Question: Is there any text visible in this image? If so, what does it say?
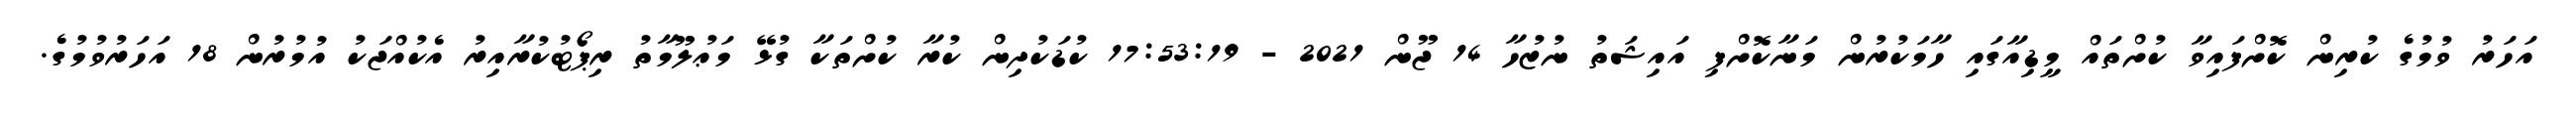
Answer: އަހަރު ވުމުގެ ކުރިން ކޮށްފައިވާ ކުށްތައް މީޑިއާގައި ހާމަކުރުން މަނާކޮށްފި އައިޝަތު ނުޒުހާ 14 ޖޫން 2021 - 17:53:19 ކުޑަކުދިން ކުރާ ކުށްތަކާ ގުޅޭ މަޢުލޫމާތު ރިޕޯޓުކުރާއިރު އެކުއްޖަކު އުމުރުން 18 އަހަރުވުމުގެ.